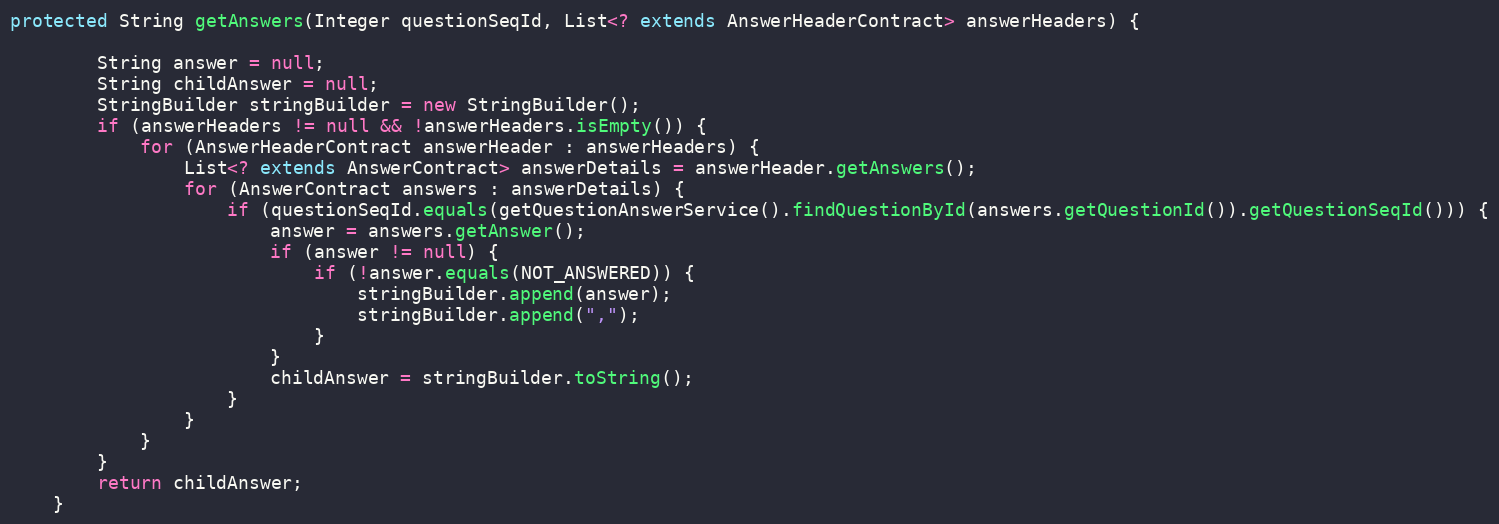
Language: Java
protected String getAnswers(Integer questionSeqId, List<? extends AnswerHeaderContract> answerHeaders) {

        String answer = null;
        String childAnswer = null;
        StringBuilder stringBuilder = new StringBuilder();
        if (answerHeaders != null && !answerHeaders.isEmpty()) {
            for (AnswerHeaderContract answerHeader : answerHeaders) {
                List<? extends AnswerContract> answerDetails = answerHeader.getAnswers();
                for (AnswerContract answers : answerDetails) {
                    if (questionSeqId.equals(getQuestionAnswerService().findQuestionById(answers.getQuestionId()).getQuestionSeqId())) {
                        answer = answers.getAnswer();
                        if (answer != null) {
                            if (!answer.equals(NOT_ANSWERED)) {
                                stringBuilder.append(answer);
                                stringBuilder.append(",");
                            }
                        }
                        childAnswer = stringBuilder.toString();
                    }
                }
            }
        }
        return childAnswer;
    }